Bulletin of the Pasteur Institute of Southern India, Coonoor - No. 3.
Year: 1910
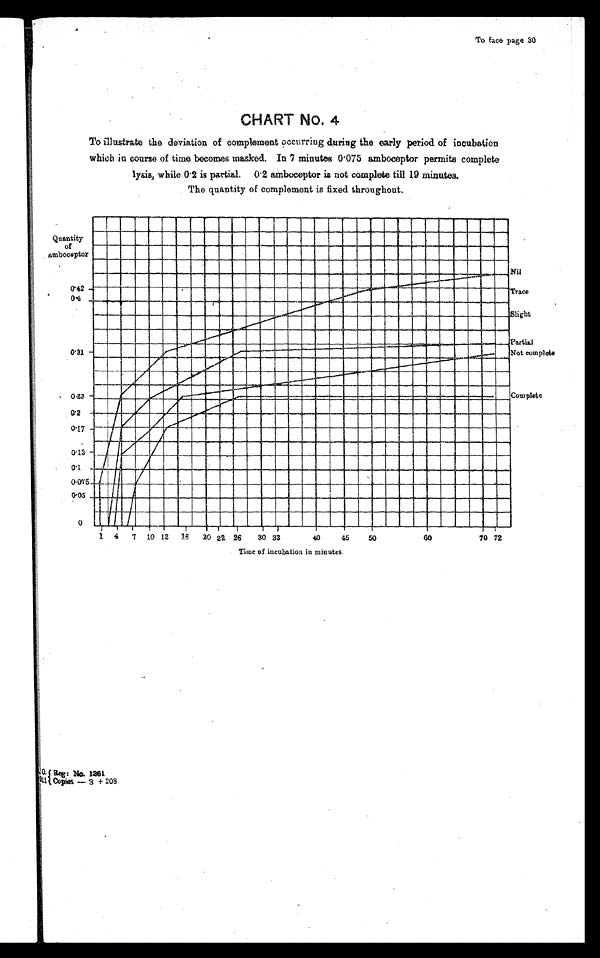
To face page 30
CHART No. 4
To illustrate the deviation of complement occurring during the early period of incubation
which in course of time becomes masked. In 7 minutes 0 . 075 amboceptor permits complete
lysis, while 0. 2 is partial. 0 . 2 amboceptor is not complete till 19 minutes.
The quantity of complement is fixed throughout.
0. {Reg: No. 1261
911 { Copies — 3 + 208